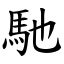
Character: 馳